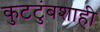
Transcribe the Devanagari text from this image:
कुटटुंबशाही